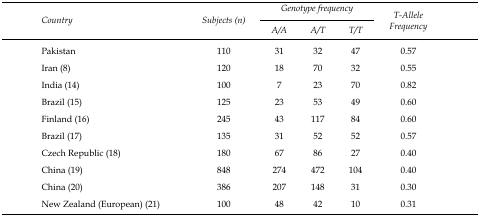
| <ROWSPAN=3> Country | <ROWSPAN=3> Subjects (n) | <COLSPAN=3> Genotype frequency | <ROWSPAN=3> T-Allele Frequency |
 | A/A | A/T | T/T |
 | --- | --- | --- | --- | --- | --- |
 | Pakistan | 110 | 31 | 32 | 47 | 0.57 |
 | Iran (8) | 120 | 18 | 70 | 32 | 0.55 |
 | India (14) | 100 | 7 | 23 | 70 | 0.82 |
 | Brazil (15) | 125 | 23 | 53 | 49 | 0.60 |
 | Finland (16) | 245 | 43 | 117 | 84 | 0.60 |
 | Brazil (17) | 135 | 31 | 52 | 52 | 0.57 |
 | Czech Republic (18) | 180 | 67 | 86 | 27 | 0.40 |
 | China (19) | 848 | 274 | 472 | 104 | 0.40 |
 | China (20) | 386 | 207 | 148 | 31 | 0.30 |
 | New Zealand (European) (21) | 100 | 48 | 42 | 10 | 0.31 |